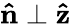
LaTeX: \mathbf{\hat{n}}\perp\mathbf{\hat{z}}